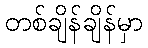
တစ်ချိန်ချိန်မှာ